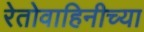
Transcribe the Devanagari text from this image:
रेतोवाहिनीच्या